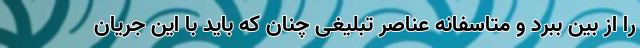
را از بین ببرد و متاسفانه عناصر تبلیغی چنان که باید با این جریان